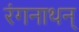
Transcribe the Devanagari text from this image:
रंगनाथन्‌